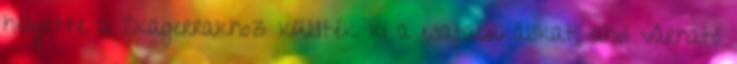
helyette a Skagerrakhoz küldték ki a csatacirkálókat, ahol várható